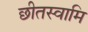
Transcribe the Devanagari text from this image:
छीतस्वामि